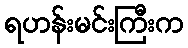
ရဟန်းမင်းကြီးက